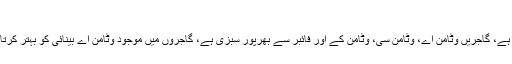
وٹامن اے کا حصول
یہ کہنے کی ضرورت نہیں کہ اس حلوے کا سب سے اہم جز گاجر ہے، گاجریں وٹامن اے، وٹامن سی، وٹامن کے اور فائبر سے بھرپور سبزی ہے، گاجروں میں موجود وٹامن اے بینائی کو بہتر کرتا ہے اور حلوے کی شکل میں اسے کھانا بھی یہ فائدہ پہنچاسکتا ہے۔